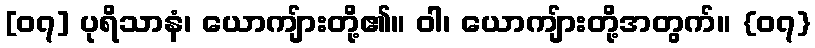
[၀၇] ပုရိသာနံ၊ ယောကျ်ားတို့၏။ ဝါ၊ ယောကျ်ားတို့အတွက်။ {၀၇}